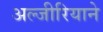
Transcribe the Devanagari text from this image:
अल्जीरियाने